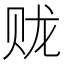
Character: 𫎦